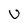
Character: U